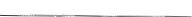
______________